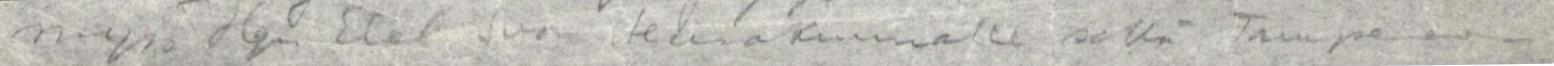
myös Hgin Etel. Suom. seurakunnalle sekä Tampereen